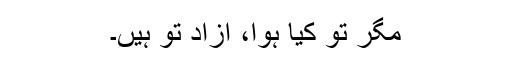
مگر تو کیا ہوا، آزاد تو ہیں۔